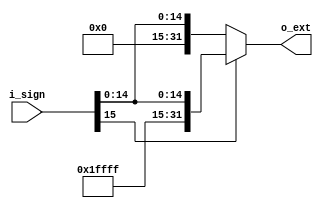
module sign_extend  #(
    //Parametros
    parameter       NBITS       =       16      ,
    parameter       EXTBITS     =       32
    )
    (
    //Entradas
    input   wire    [NBITS-1:0]     i_sign      ,
    //Salidas
    output  wire    [EXTBITS-1:0]   o_ext
    );
    
    assign o_ext    =   (i_sign[NBITS-1] == 1)? {16'hffff , i_sign} : 
                        (i_sign[NBITS-1] == 0)? {16'h0000 , i_sign}  : 16'hxxxx  ;
                        
endmodule